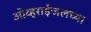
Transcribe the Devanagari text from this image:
ओव्हराईजलच्या